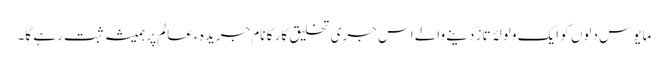
مایوس دلوں کو ایک ولولۂ تاز دینے والے اس جری تخلیق کار کا نام جریدہ ء عالم پر ہمیشہ ثبت رہے گا۔